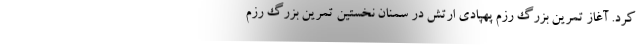
کرد. آغاز تمرین بزرگ رزم پهپادی ارتش در سمنان نخستین تمرین بزرگ رزم